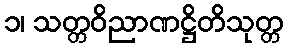
၁၊ သတ္တဝိညာဏဋ္ဌိတိသုတ္တ